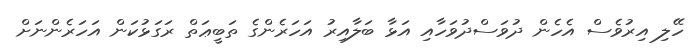
ހޭލި އިރުވެސް އެހެން ދުވަސްދުވަހާއި އަޅާ ބަލާއިރު އަހަރެންގެ ތަބީޢަތް ރަގަޅުކަން އަހަރެންނަށް